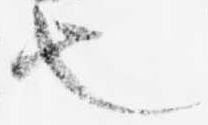
也